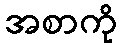
အစာကို